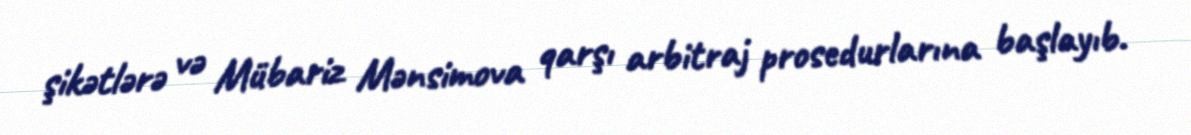
şikətlərə və Mübariz Mənsimova qarşı arbitraj prosedurlarına başlayıb.